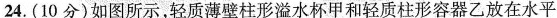
24.(10分)如图所示，轻质薄壁柱形溢水杯甲和轻质柱形容器乙放在水平